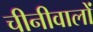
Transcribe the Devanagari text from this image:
चीनीवालों